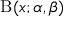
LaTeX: \mathrm { B } ( x ; \alpha , \beta )